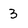
Character: 3